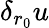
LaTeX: \delta_{r_{0}}u